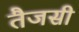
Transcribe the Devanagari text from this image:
तैजसी